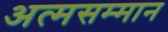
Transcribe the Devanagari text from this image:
अत्मसम्मान